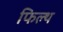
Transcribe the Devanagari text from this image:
फिल्थ